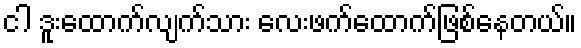
ငါ ဒူးထောက်လျက်သား လေးဖက်ထောက်ဖြစ်နေတယ်။